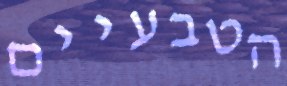
הטבעיים